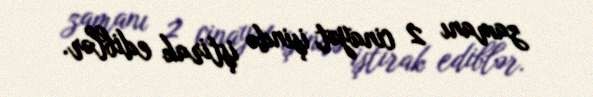
zamanı 2 cinayət işində iştirak ediblər.